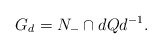
\begin{align*}G_d = N_- \cap d Q d^{-1}.\end{align*}